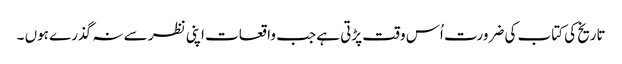
تاریخ کی کتاب کی ضرورت اُس وقت پڑتی ہے جب واقعات اپنی نظر سے نہ گذرے ہوں ۔